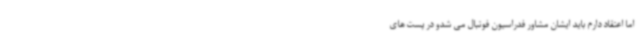
اما اعتقاد دارم باید ایشان مشاور فدراسیون فوتبال می شدو در پست های